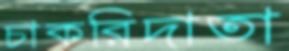
চাকরিদাতা